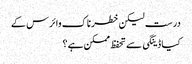
درست لیکن خطرناک وائرس کے
کیا ڈینگی سے تحفظ ممکن ہے؟